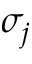
\sigma _ { j }